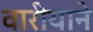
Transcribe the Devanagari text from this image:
वारीयाने